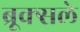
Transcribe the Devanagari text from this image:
ब्रूक्सले